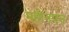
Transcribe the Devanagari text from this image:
महीनपन